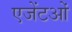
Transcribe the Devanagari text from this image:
एजेंटओं